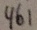
4 6 1